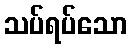
သပ်ရပ်သော